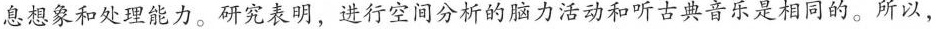
息想象和处理能力。研究表明，进行空间分析的脑力活动和听古典音乐是相同的。所以，